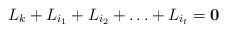
LaTeX: \begin{align*}L_{k}+L_{i_1}+L_{i_2}+\ldots+L_{i_t}=\textbf{0}\end{align*}